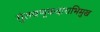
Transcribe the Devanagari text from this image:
गुंतवणूकदाराभिमुख